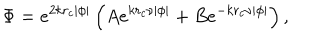
\Phi = e ^ { 2 k r _ { c } \left| \phi \right| } \left( A e ^ { k r _ { c } \nu \left| \phi \right| } + B e ^ { - k r _ { c } \nu \left| \phi \right| } \right) ,